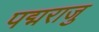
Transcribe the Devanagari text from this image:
पद्मराजु